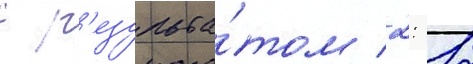
с р'езульта́том 2: 12